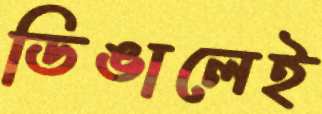
ডিঙালেই